Medical and sanitary report of the native army of Madras for the year
Year: 1875
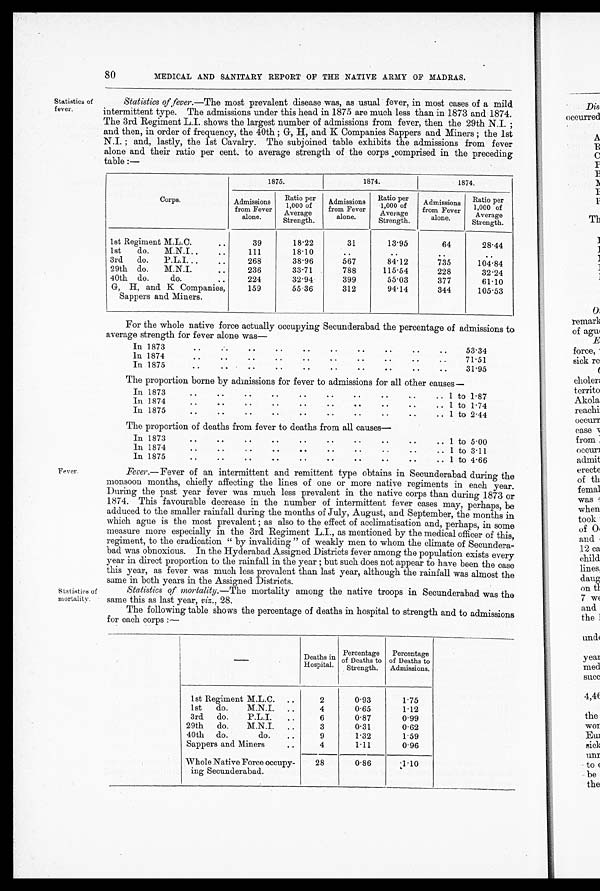
80
MEDICAL AND SANITARY REPORT OF THE NATIVE ARMY OF MADRAS.
Statistics of
fever.
Statistics of fever.—The most prevalent disease was, as usual fever, in most cases of a mild
intermittent type. The admissions under this head in 1875 are much less than in 1873 and 1874.
The 3rd Regiment L.I. shows the largest number of admissions from fever, then the 29th N.I.;
and then, in order of frequency, the 40th; G, H, and K Companies Sappers and Miners; the 1st
N.I.; and, lastly, the 1st Cavalry. The subjoined table exhibits the admissions from fever
alone and their ratio per cent. to average strength of the corps comprised in the preceding
table :—
Corps.
1875.
1874.
1874.
Admissions
from Fever
alone.
Ratio per
1,000 of
Average
Strength.
Admissions
from Fever
alone.
Ratio per
1,000 of
'
Average
Strength.
Admissions
from Fever
alone.
Ratio per
1 ,000 of
Average
Strength.
1st Regiment M.L.C.
. .
39
18.22
31
13.95
64
28.44
1st
do.
M.N.I..
..
111
1 8 . 1 0
..
..
..
..
3rd
do.
P.L.I...
..
268
38.96
567
8 4 . 1 2
735
104.84
29th do.
M.N.I.
..
236
33.71
788
115.54
228
32.24
40th do.
do.
..
224
32.94
399
55.03
377
61.10
G, H, and K Companies,
159
5 5 . 3 6
312
94.14
344
105.53
Sappers and Miners.
For the whole native force actually occupying Secunderabad the percentage of admissions to
average strength for fever alone was
—
In 1873
..
..
..
..
..
Oa
..
..
..
53.34
in 1874
..
..
..
..
..
..
..
..
..
..
71.51
In 1875
..
..
. . . .
. . .
. .
. . . .
..
3 1 . 9 5
The proportion borne by admissions for fever to admissions for all other causes
—
In 1873
. .
..
..
..
..
..
..
..
..
.. I to 1 . 8 7
In 1874
..
.
. . .
. .
..
..
..
..
.. 1 to 1 . 74
In 1875
..
..
..
..
. . .. ..
..
..
.. 1 to 2.44
The proportion of deaths from fever to deaths from all causes
—
In 1873..
In 1874..
In 1875..
.
..
..
.
.
.
..
.
.
.
.
.
.
.
.
..
.
.
.
.
..
.
0
.
.
..
.
.
.
.
.
.
.
0
..
.
.
. .
..
. .
1 to 5 . 00
1 to 3 . 11
1 to 4 . 66
F e v e r .
F e v e r
. — F e v e r o f a n i n t e r m i t t e n t a n d r e m i t t e n t t y p e o b t a i n s i n S e c u n d e r a b a d d u r i n g t h e
monsoon months, chiefly affecting the lines of one or more native regiments in each year.
During the past year fever was much less prevalent in the native corps than during 1873 or
1874. This favourable decrease in the number of intermittent fever cases may, perhaps, be
adduced to the smaller rainfall during the months of July, August, and September, the months in
which ague is the most prevalent ; as also to the effect of acclimatisation and, perhaps, in some
measure more especially in the 3rd Regiment L.I., as mentioned by the medical officer of this,
regiment, to the eradication " by invaliding " of weakly men to whom the climate of Secundera-
bad was obnoxious. In the Hyderabad Assigned Districts fever among the population exists every
year in direct proportion to the rainfall in the year ; . but such does not appear to have been the case
this year, as fever was much less prevalent than last year, although the rainfall was almost the
same in both years in the Assigned Districts.
Statistics of
Statistics of mortality.—The mortality among the native troops in Secunderabad was the
mortality.
same this as last year, viz ., 28.
The following table shows the percentage of deaths in hospital to strength and to admissions
for each corps :-
Deaths in
Hospital.
Percentage
of Deaths to
Stren g th.
t,
Percentage
of Deaths to
Admissions.
-
1st Regiment M.L.C. ..
2
0.93
1.75
1st
do.
M.N.I. ..
4
0.65
1.12
3rd do.
P.L.I.
..
6
0.87
0 . 9 9
29th do.
M.N.I.
..
3
0.31
0.62
40th do.
do.
..
9
1.32
1.59
Sappers and Miners
..
4
1.11
0.96
-Whole Native Force occupy-
ing Secunderabad.
28
0.86
-,1.10